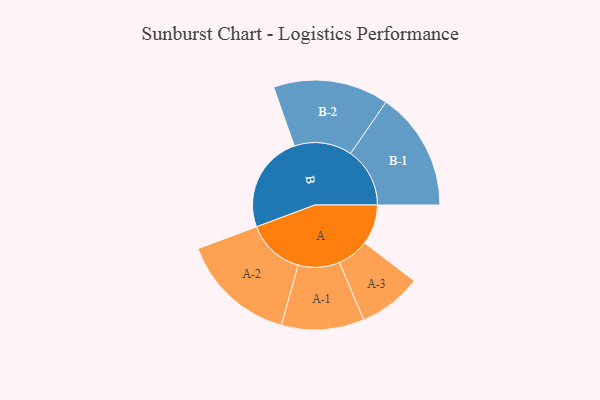
{"axis": {"x": "Segment", "y": "Value"}, "legend": ["", "A", "B"], "data": [{"x": "A", "y": 201, "type": ""}, {"x": "B", "y": 490, "type": ""}, {"x": "A-1", "y": 208, "type": "A"}, {"x": "A-2", "y": 290, "type": "A"}, {"x": "A-3", "y": 159, "type": "A"}, {"x": "B-1", "y": 298, "type": "B"}, {"x": "B-2", "y": 290, "type": "B"}]}